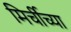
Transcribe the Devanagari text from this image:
मिर्चीच्या